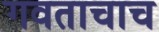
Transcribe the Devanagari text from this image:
गवताचाच